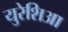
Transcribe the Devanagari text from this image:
युरेशिआ